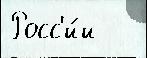
Росс'и́и